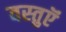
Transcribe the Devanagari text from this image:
वस्‍तुऍं